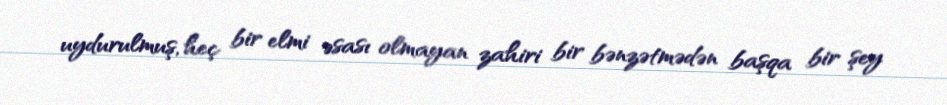
uydurulmuş, heç bir elmi əsası olmayan zahiri bir bənzətmədən başqa bir şey